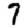
Digit: 7